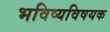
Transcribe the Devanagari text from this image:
भविष्यविषयक